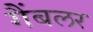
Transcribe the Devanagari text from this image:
गैंबलर